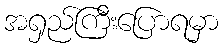
အရှည်ကြီးပြောရမှာ